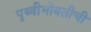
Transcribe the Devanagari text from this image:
पृथ्वीभोवतीची